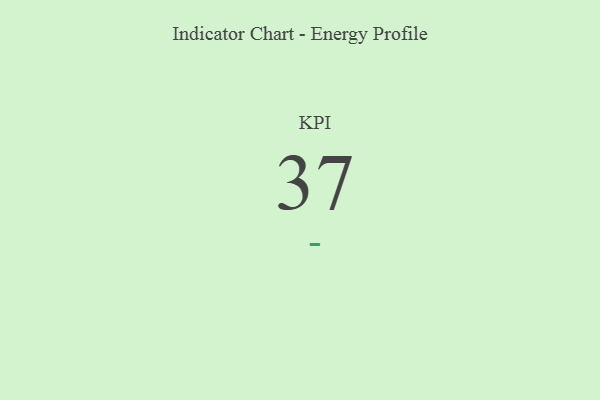
{"axis": {"x": "KPI", "y": "Value"}, "legend": [""], "data": [{"x": "KPI", "y": 37, "type": ""}]}